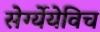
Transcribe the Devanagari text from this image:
सेर्ग्येयेविच